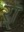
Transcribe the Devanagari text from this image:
र्‍ाॅ